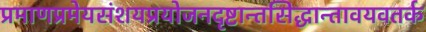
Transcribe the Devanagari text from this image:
प्रमाणप्रमेयसंशयप्रयोजनदृष्टान्तसिद्धान्तावयवतर्क